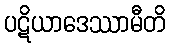
ပဋိယာဒေဿာမီတိ